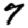
Digit: 7